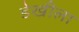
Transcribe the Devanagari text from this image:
डेखीला